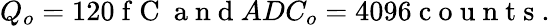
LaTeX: Q_{o}=120\mathrm{~f~C~}\mathrm{~a~n~d~}ADC_{o}=4096\mathrm{~c~o~u~n~t~s~}.